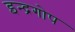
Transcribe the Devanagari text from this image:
इन्द्रगोप